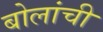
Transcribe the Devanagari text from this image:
बोलांची